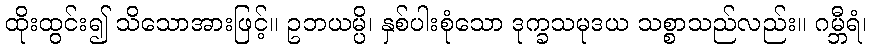
ထိုးထွင်း၍ သိသောအားဖြင့်။ ဥဘယမ္ပိ၊ နှစ်ပါးစုံသော ဒုက္ခသမုဒယ သစ္စာသည်လည်း။ ဂမ္ဘီရံ၊